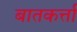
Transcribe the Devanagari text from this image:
बातकर्त्ता